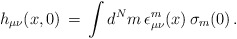
\begin{align*}h_{\mu\nu}(x,0)\, = \,\int d^N m\, \epsilon_{\mu\nu}^m(x)\, \sigma_m(0)\,.\end{align*}